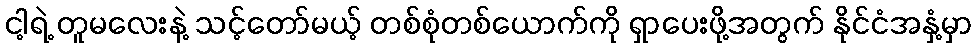
ငါ့ရဲ့ တူမလေးနဲ့ သင့်တော်မယ့် တစ်စုံတစ်ယောက်ကို ရှာပေးဖို့အတွက် နိုင်ငံအနှံ့မှာ